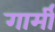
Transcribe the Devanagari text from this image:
गार्मी